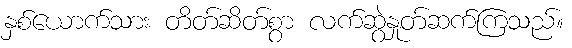
နှစ်ယောက်သား တိတ်ဆိတ်စွာ လက်ဆွဲနှုတ်ဆက်ကြသည်။